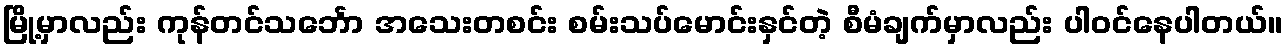
မြို့မှာလည်း ကုန်တင်သင်္ဘော အသေးတစင်း စမ်းသပ်မောင်းနှင်တဲ့ စီမံချက်မှာလည်း ပါဝင်နေပါတယ်။